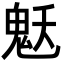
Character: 𩲓